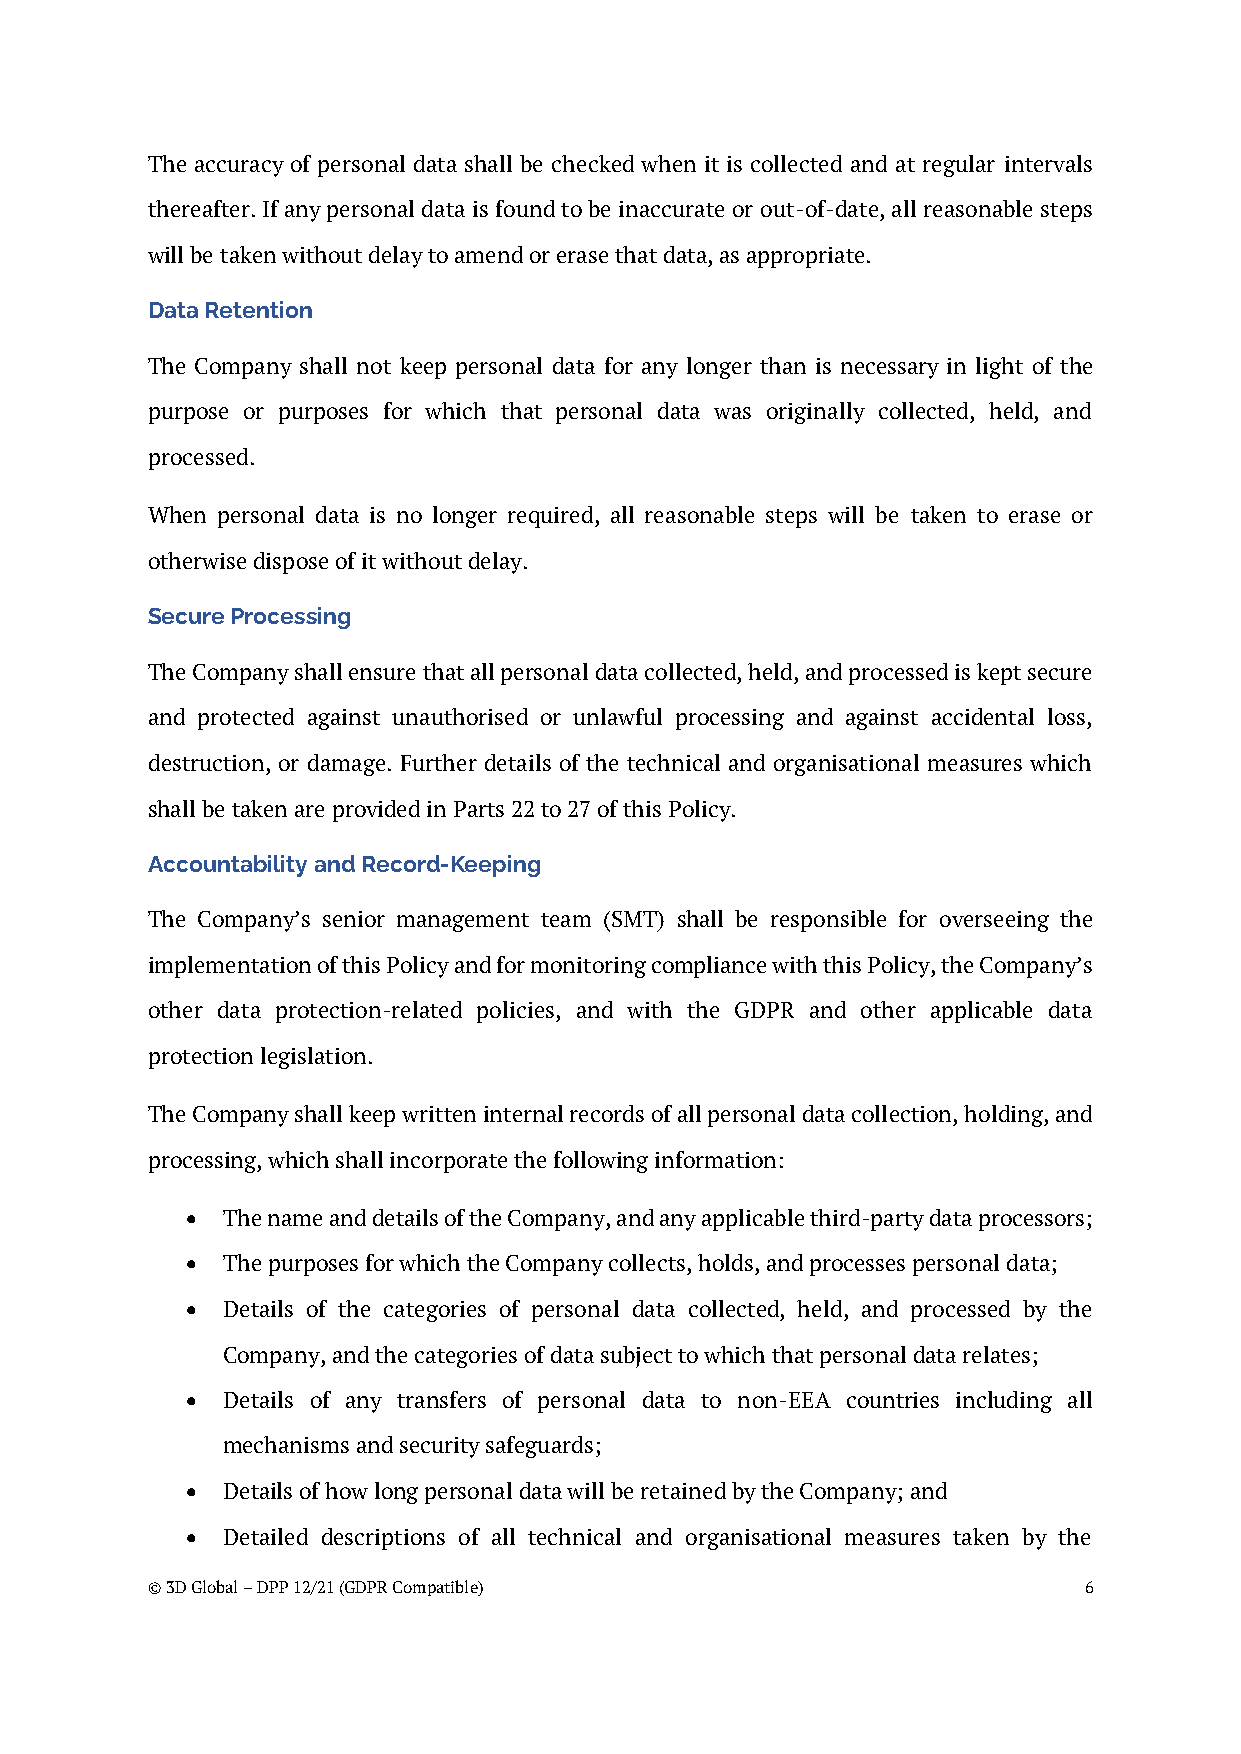
The accuracy of personal data shall be checked when it is collected and at regular intervals
 thereafter. If any personal data is found to be inaccurate or out-of-date, all reasonable steps
 will be taken without delay to amend or erase that data, as appropriate.
 Data Retention
 The Company shall not keep personal data for any longer than is necessary in light of the
 purpose or purposes for which that personal data was originally collected, held, and
 processed.
 When personal data is no longer required, all reasonable steps will be taken to erase or
 otherwise dispose of it without delay.
 Secure Processing
 The Company shall ensure that all personal data collected, held, and processed is kept secure
 and protected against unauthorised or unlawful processing and against accidental loss,
 destruction, or damage. Further details of the technical and organisational measures which
 shall be taken are provided in Parts 22 to 27 of this Policy.
 Accountability and Record-Keeping
 The Company’s senior management team (SMT) shall be responsible for overseeing the
 implementation of this Policy and for monitoring compliance with this Policy, the Company’s
 other data protection-related policies, and with the GDPR and other applicable data
 protection legislation.
 The Company shall keep written internal records of all personal data collection, holding, and
 processing, which shall incorporate the following information:
 •  The name and details of the Company, and any applicable third-party data processors;
 •  The purposes for which the Company collects, holds, and processes personal data;
 •  Details of the categories of personal data collected, held, and processed by the
 Company, and the categories of data subject to which that personal data relates;
 •  Details of any transfers of personal data to non-EEA countries including all
 mechanisms and security safeguards;
 •  Details of how long personal data will be retained by the Company; and
 •  Detailed descriptions of all technical and organisational measures taken by the
 © 3D Global – DPP 12/21 (GDPR Compatible)                     6